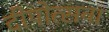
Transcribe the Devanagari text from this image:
दीपोत्सवा